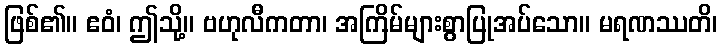
ဖြစ်၏။ ဧဝံ၊ ဤသို့။ ဗဟုလီကတာ၊ အကြိမ်များစွာပြုအပ်သော။ မရဏဿတိ၊